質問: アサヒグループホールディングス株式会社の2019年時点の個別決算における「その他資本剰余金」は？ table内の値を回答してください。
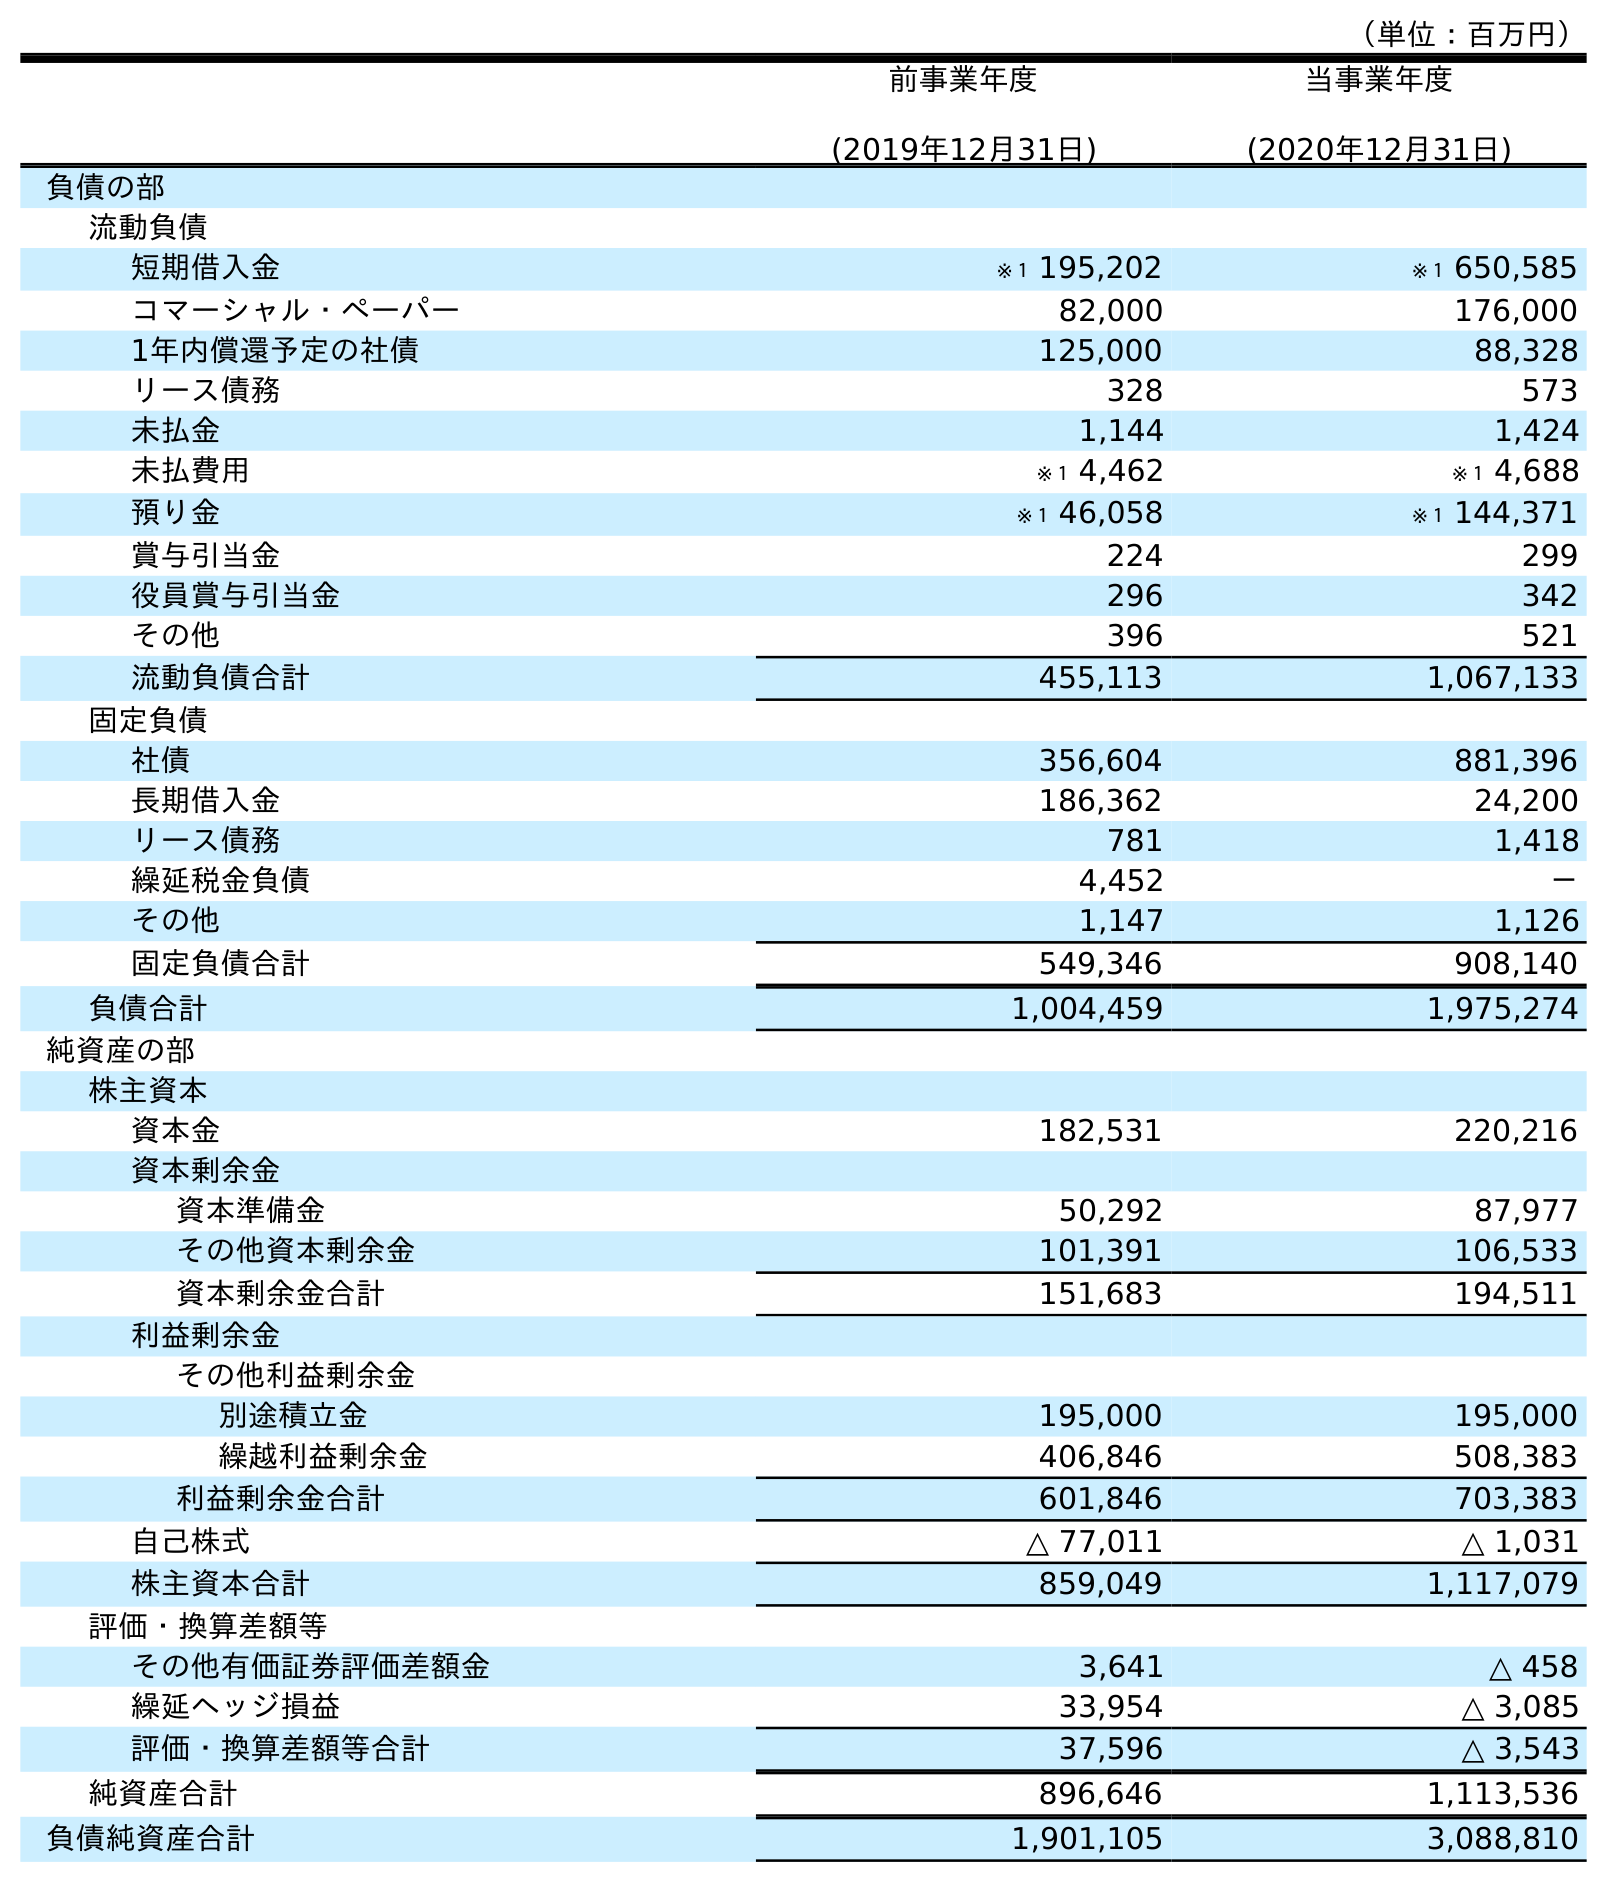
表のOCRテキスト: （単位：百万円） 前事業年度 (2019年12月31日) 当事業年度 (2020年12月31日) 負債の部 流動負債 短期借入金 ※１ 195,202 ※１ 650,585 コマーシャル・ペーパー 82,000 176,000 1年内償還予定の社債 125,000 88,328 リース債務 328 573 未払金 1,144 1,424 未払費用 ※１ 4,462 ※１ 4,688 預り金 ※１ 46,058 ※１ 144,371 賞与引当金 224 299 役員賞与引当金 296 342 その他 396 521 流動負債合計 455,113 1,067,133 固定負債 社債 356,604 881,396 長期借入金 186,362 24,200 リース債務 781 1,418 繰延税金負債 4,452 － その他 1,147 1,126 固定負債合計 549,346 908,140 負債合計 1,004,459 1,975,274 純資産の部 株主資本 資本金 182,531 220,216 資本剰余金 資本準備金 50,292 87,977 その他資本剰余金 101,391 106,533 資本剰余金合計 151,683 194,511 利益剰余金 その他利益剰余金 別途積立金 195,000 195,000 繰越利益剰余金 406,846 508,383 利益剰余金合計 601,846 703,383 自己株式 △ 77,011 △ 1,031 株主資本合計 859,049 1,117,079 評価・換算差額等 その他有価証券評価差額金 3,641 △ 458 繰延ヘッジ損益 33,954 △ 3,085 評価・換算差額等合計 37,596 △ 3,543 純資産合計 896,646 1,113,536 負債純資産合計 1,901,105 3,088,810
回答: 101,391